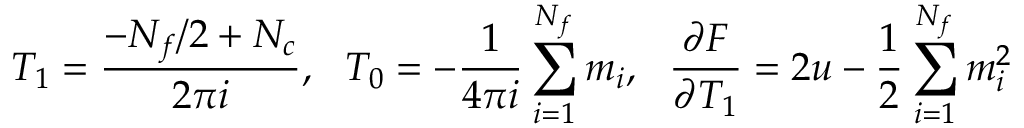
T _ { 1 } = \frac { - N _ { f } / 2 + N _ { c } } { 2 \pi i } , \ \ T _ { 0 } = - \frac { 1 } { 4 \pi i } \sum _ { i = 1 } ^ { N _ { f } } m _ { i } , \ \ \frac { \partial F } { \partial T _ { 1 } } = 2 u - \frac { 1 } { 2 } \sum _ { i = 1 } ^ { N _ { f } } m _ { i } ^ { 2 }